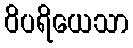
ဝိပရိယေသာ